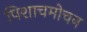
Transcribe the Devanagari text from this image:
पिशाचमोचन